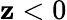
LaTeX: \mathbf{z}<0